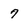
Character: 7